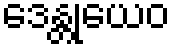
ဒေန္တုယေဝ